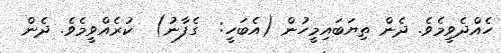
ހެއްދެވީމެވެ. ދެން ތިޔަބައިމީހުން (އެބަހީ:  ގެފާނު)  ކުރެއްވީމެވެ. ދެން